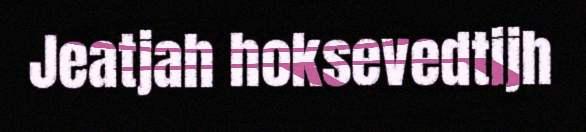
Jeatjah hoksevedtijh